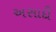
અસાદી